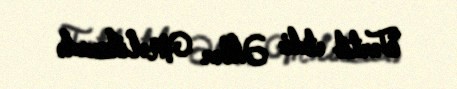
Tərtib etdi: Əkbər Məlikzadə